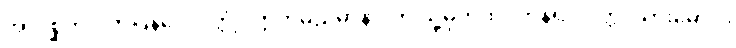
အာဂစ္ဆတိ၊ လာပြန်ပေလတ္တံ့။ ဣတိမညမာနာ၊ ဤသို့မှတ်ထင်ကုန်၍။ ပုတ္တ၊ သားမောင်။